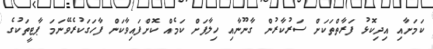
ކަމަށާއި އިދިކޮޅު ފަރާތްތަކަށް ސަރުކާރުން ގާނޫނާއި ހިލާފަށް ކަމެއް ކޮށްފައިވާކަން ފާހަގަކުރެވޭނަމަ ޕާޓީތަކުގެ